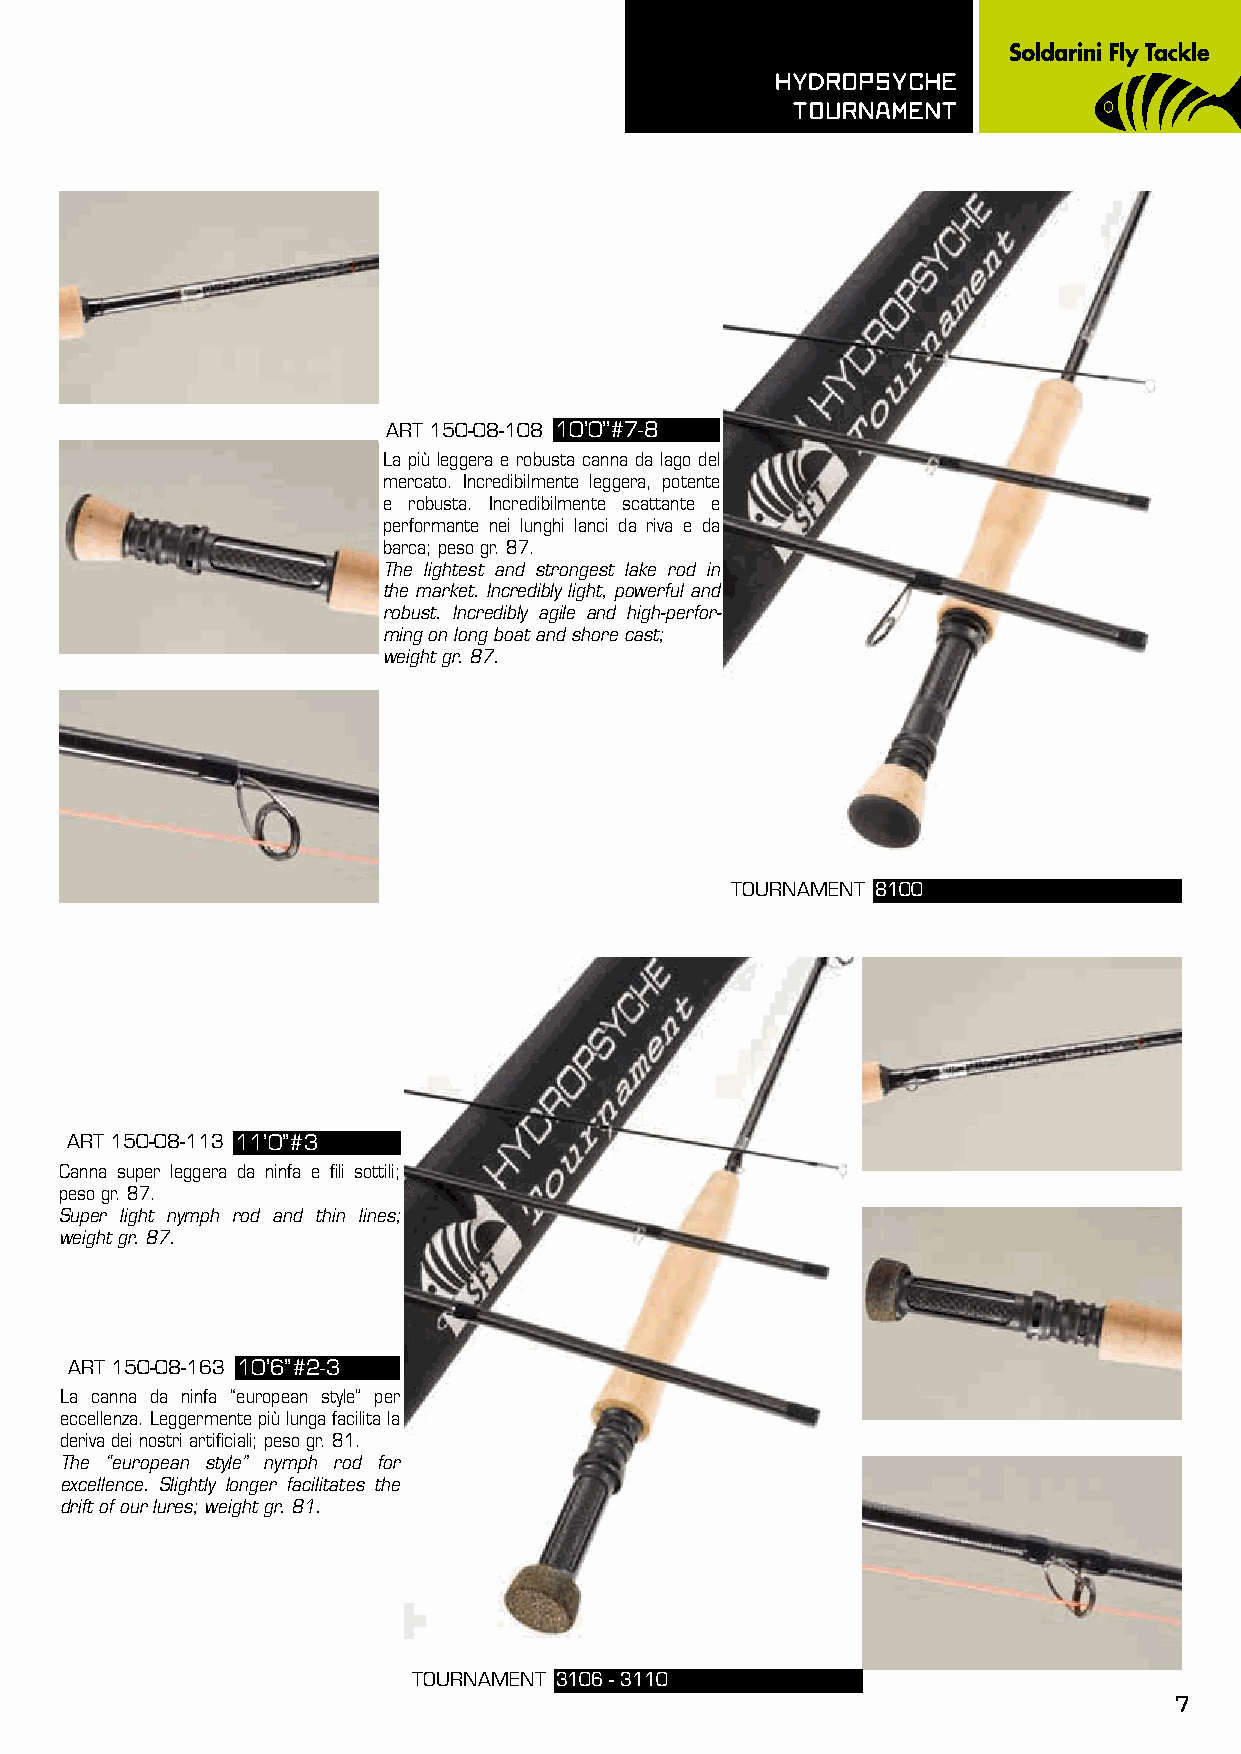
hydROpsyChE
 TOURnAmEnT
 ART 150-08-108 10’0’’#7-8
 La più leggera e robusta canna da lago del
 mercato. Incredibilmente leggera, potente
 e robusta. Incredibilmente scattante e
 performante nei lunghi lanci da riva e da
 barca; peso gr. 87.
 The lightest and strongest lake rod in
 the market. Incredibly light, powerful and
 robust. Incredibly agile and high-perfor-
 ming on long boat and shore cast;
 weight gr. 87.
 TOURNAMENT 8100
 ART 150-08-113 11’0’’#3
 Canna super leggera da ninfa e fili sottili;
 peso gr. 87.
 Super light nymph rod and thin lines;
 weight gr. 87.
 ART 150-08-163 10’6’’#2-3
 La canna da ninfa “european style” per
 eccellenza. Leggermente più lunga facilita la
 deriva dei nostri artificiali; peso gr. 81.
 The “european style” nymph rod for
 excellence. Slightly longer facilitates the
 drift of our lures; weight gr. 81.
 TOURNAMENT 3106 - 3110
 7